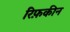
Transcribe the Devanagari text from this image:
रिफ़कीन